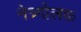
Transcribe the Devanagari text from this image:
नेत्र्गोलक